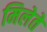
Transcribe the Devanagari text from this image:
मिलेते